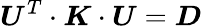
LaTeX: \boldsymbol{U}^{T}\cdot\boldsymbol{K}\cdot\boldsymbol{U}=\boldsymbol{D}